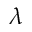
\boldsymbol { \lambda }